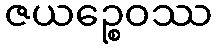
ဇယဉ္စေဝဿ